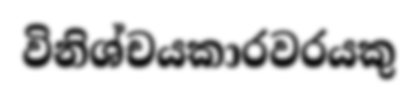
විනිශ්චයකාරවරයකු